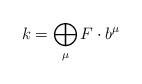
LaTeX: \begin{align*} k&=\bigoplus_{\mu} F \cdot b^{\mu} \end{align*}